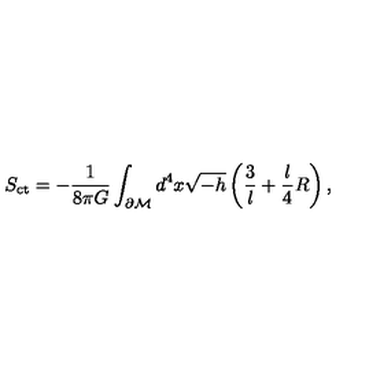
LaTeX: S _ { \mathrm { c t } } = - \frac { 1 } { 8 \pi G } \int _ { \partial \cal M } d ^ { 4 } x \sqrt { - h } \left( \frac { 3 } { l } + \frac { l } { 4 } R \right) ,